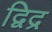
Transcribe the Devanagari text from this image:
द्विद्र